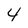
Character: 4